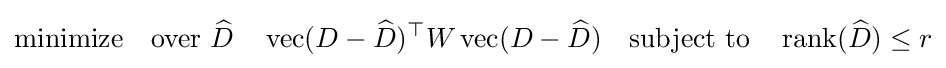
{\text{minimize}}\quad {\text{over }}{\widehat {D}}\quad \operatorname {vec} (D-{\widehat {D}})^{\top }W\operatorname {vec} (D-{\widehat {D}})\quad {\text{subject to}}\quad \operatorname {rank} ({\widehat {D}})\leq r